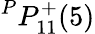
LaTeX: {}^{P}{P}_{1{1}}^{{+}}({5})